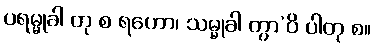
ပရမ္မုခါ တု စ ရဟော၊ သမ္မုခါ တွာ’ဝိ ပါတု စ။